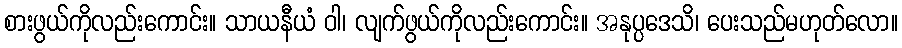
စားဖွယ်ကိုလည်းကောင်း။ သာယနီယံ ဝါ၊ လျက်ဖွယ်ကိုလည်းကောင်း။ အနုပ္ပဒေသိ၊ ပေးသည်မဟုတ်လော။